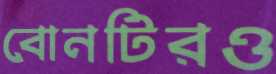
বোনটিরও